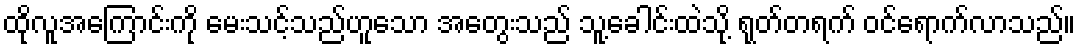
ထိုလူအကြောင်းကို မေးသင့်သည်ဟူသော အတွေးသည် သူ့ခေါင်းထဲသို့ ရုတ်တရက် ဝင်ရောက်လာသည်။